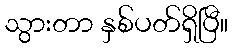
သွားတာ နှစ်ပတ်ရှိပြီ။